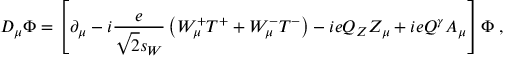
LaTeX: D _ { \mu } \Phi = \left[ \partial _ { \mu } - i \frac { e } { \sqrt { 2 } s _ { W } } \left( W _ { \mu } ^ { + } T ^ { + } + W _ { \mu } ^ { - } T ^ { - } \right) - i e Q _ { Z } Z _ { \mu } + i e Q ^ { \gamma } A _ { \mu } \right] \Phi \; ,